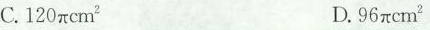
C.120πcm^{2} D.96πcm^{2}